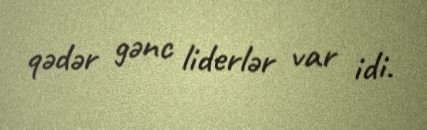
qədər gənc liderlər var idi.